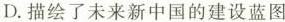
D. 描绘了未来新中国的建设蓝图